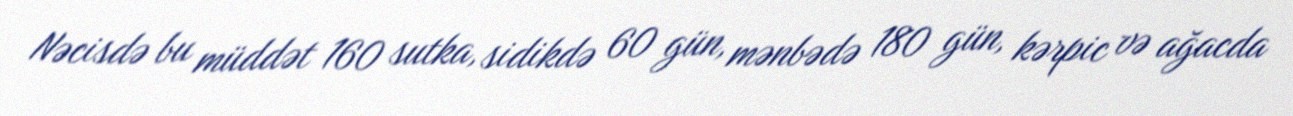
Nəcisdə bu müddət 160 sutka, sidikdə 60 gün, mənbədə 180 gün, kərpic və ağacda